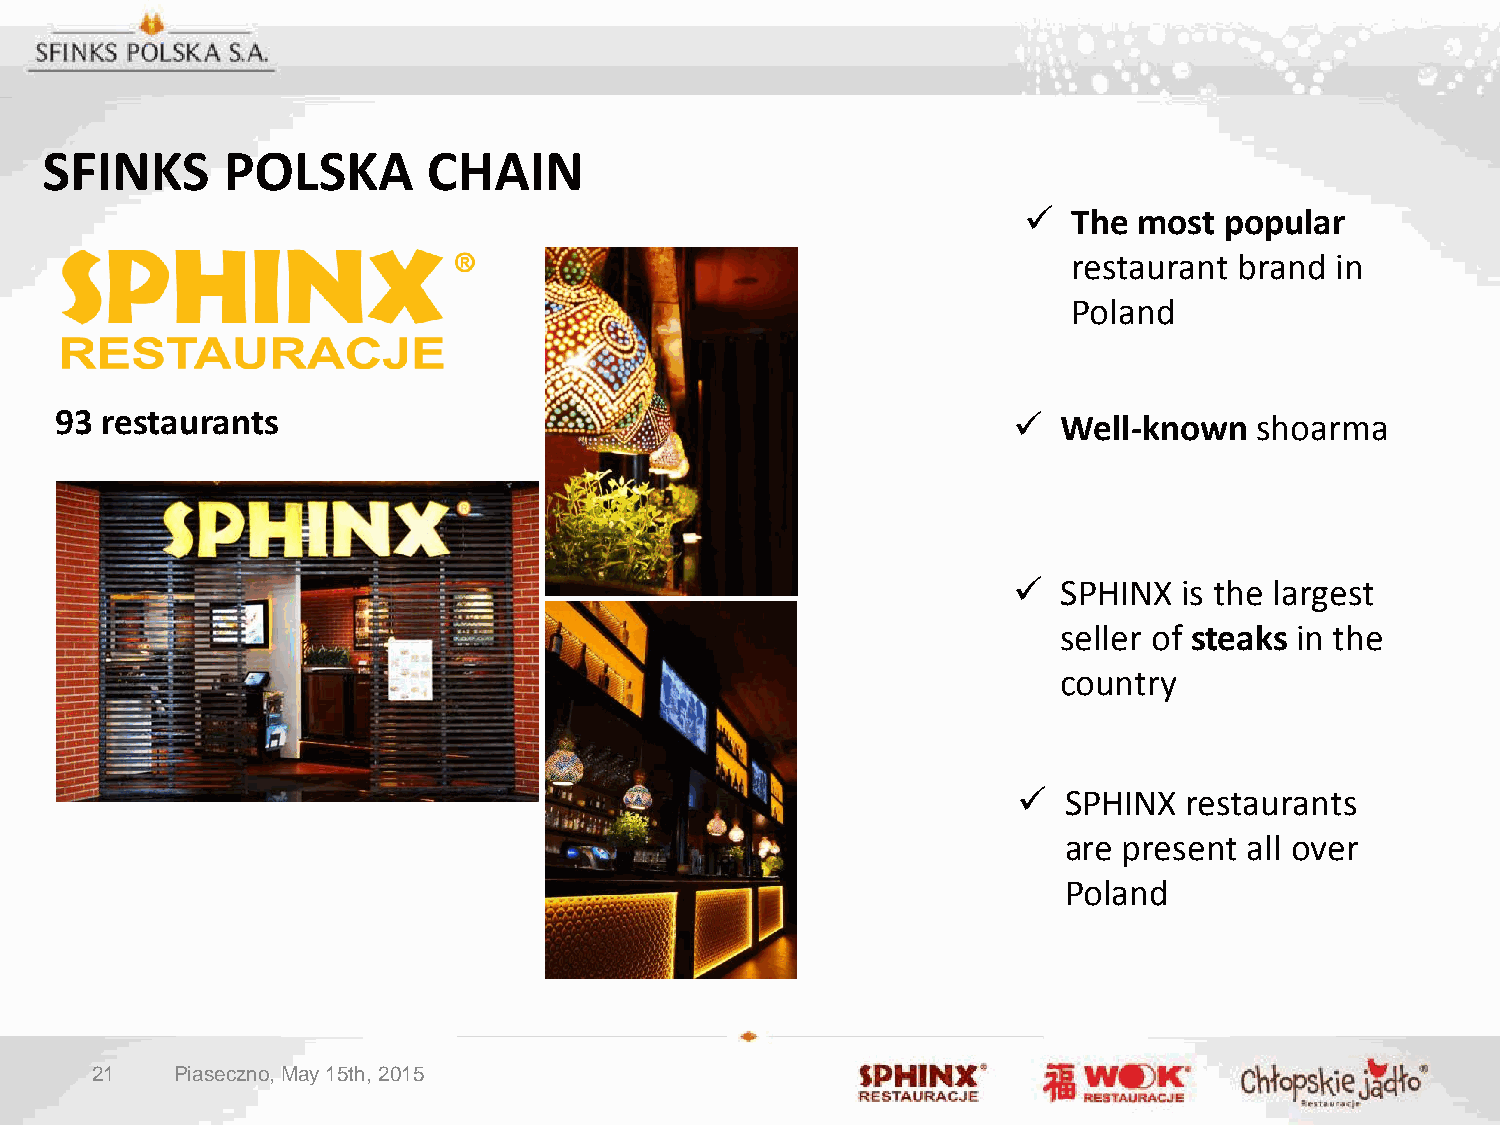
SFINKS      POLSKA       CHAIN
   The most  popular
 restaurant brand in
 Poland
 93 restaurants                                                   Well-known   shoarma
   SPHINX  is the largest
 seller of steaks in the
 country
   SPHINX   restaurants
 are present  all over
 Poland
 21    Piaseczno, May 15th, 2015